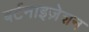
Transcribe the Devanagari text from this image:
बर्टनाइज़ेशन